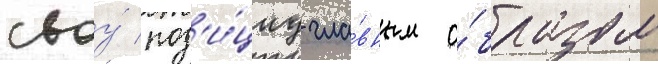
своу́ поз'и́циу гла́вным о́бразом